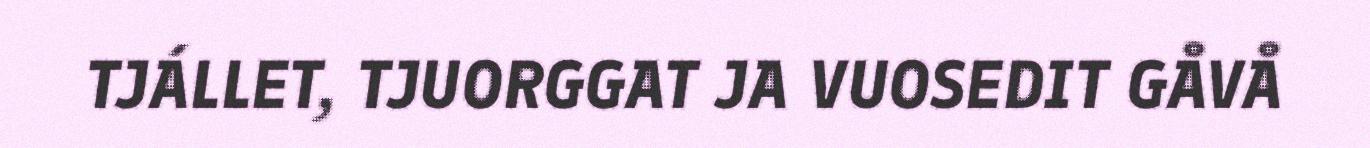
TJÁLLET, TJUORGGAT JA VUOSEDIT GÅVÅ